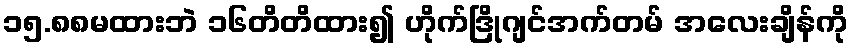
၁၅.၈၈မထားဘဲ ၁၆တိတိထား၍ ဟိုက်ဒြိုဂျင်အက်တမ် အလေးချိန်ကို